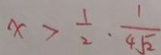
x > \frac { 1 } { 2 } \cdot \frac { 1 } { 4 \sqrt { 2 } }